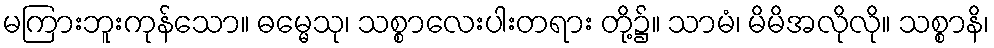
မကြားဘူးကုန်သော။ ဓမ္မေသု၊ သစ္စာလေးပါးတရား တို့၌။ သာမံ၊ မိမိအလိုလို။ သစ္စာနိ၊